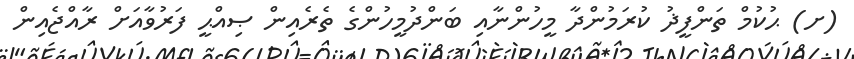
(ށ) ޙުކުމް ތަންފީޛު ކުރަމުންދާ މީހުންނާއި ބަންދުމީހުންގެ ތެރެއިން ޞިއްޙީ ފަރުވާއަށް ރާއްޖެއިން